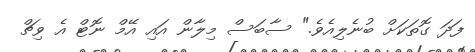
ފަދަ ގޮތަކަށް ބުނެލިއެވެ." ސާބަސް މިލާން އައި އޭމް ނޮޓް އެ ވިޗް